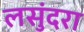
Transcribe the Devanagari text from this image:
लसुंदरा